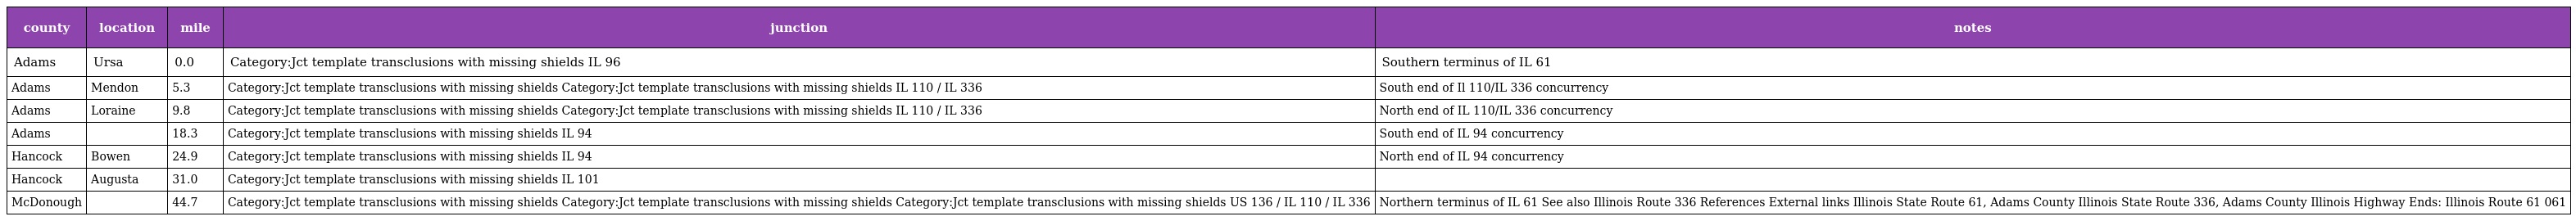
| county | location | mile | junction | notes |
 | --- | --- | --- | --- | --- |
 | Adams | Ursa | 0.0 | Category:Jct template transclusions with missing shields IL 96 | Southern terminus of IL 61 |
 | Adams | Mendon | 5.3 | Category:Jct template transclusions with missing shields Category:Jct template transclusions with missing shields IL 110 / IL 336 | South end of Il 110/IL 336 concurrency |
 | Adams | Loraine | 9.8 | Category:Jct template transclusions with missing shields Category:Jct template transclusions with missing shields IL 110 / IL 336 | North end of IL 110/IL 336 concurrency |
 | Adams |  | 18.3 | Category:Jct template transclusions with missing shields IL 94 | South end of IL 94 concurrency |
 | Hancock | Bowen | 24.9 | Category:Jct template transclusions with missing shields IL 94 | North end of IL 94 concurrency |
 | Hancock | Augusta | 31.0 | Category:Jct template transclusions with missing shields IL 101 |  |
 | McDonough |  | 44.7 | Category:Jct template transclusions with missing shields Category:Jct template transclusions with missing shields Category:Jct template transclusions with missing shields US 136 / IL 110 / IL 336 | Northern terminus of IL 61 See also Illinois Route 336 References External links Illinois State Route 61, Adams County Illinois State Route 336, Adams County Illinois Highway Ends: Illinois Route 61 061 |